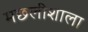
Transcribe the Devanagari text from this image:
मछलीशाला